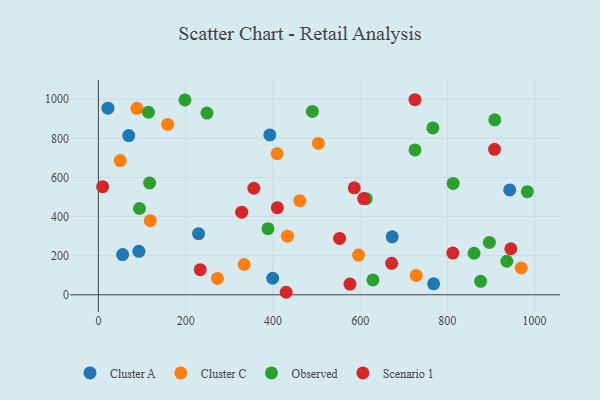
{"axis": {"x": "Distance", "y": "Salary"}, "legend": ["Cluster A", "Cluster C", "Observed", "Scenario 1"], "data": [{"x": "92.8", "y": 222.2, "type": "Cluster A"}, {"x": "768.5", "y": 56.1, "type": "Cluster A"}, {"x": "942.9", "y": 536.3, "type": "Cluster A"}, {"x": "673.5", "y": 296.2, "type": "Cluster A"}, {"x": "21.9", "y": 954.2, "type": "Cluster A"}, {"x": "229.6", "y": 312.4, "type": "Cluster A"}, {"x": "399.6", "y": 84.6, "type": "Cluster A"}, {"x": "69.6", "y": 814.3, "type": "Cluster A"}, {"x": "55.5", "y": 205.4, "type": "Cluster A"}, {"x": "393.0", "y": 817.4, "type": "Cluster A"}, {"x": "461.6", "y": 481.1, "type": "Cluster C"}, {"x": "504.3", "y": 774.0, "type": "Cluster C"}, {"x": "409.7", "y": 721.3, "type": "Cluster C"}, {"x": "334.1", "y": 154.8, "type": "Cluster C"}, {"x": "158.8", "y": 871.1, "type": "Cluster C"}, {"x": "88.4", "y": 953.7, "type": "Cluster C"}, {"x": "433.4", "y": 299.9, "type": "Cluster C"}, {"x": "118.9", "y": 378.9, "type": "Cluster C"}, {"x": "728.6", "y": 98.9, "type": "Cluster C"}, {"x": "596.4", "y": 203.1, "type": "Cluster C"}, {"x": "969.4", "y": 137.0, "type": "Cluster C"}, {"x": "50.1", "y": 686.2, "type": "Cluster C"}, {"x": "272.9", "y": 83.6, "type": "Cluster C"}, {"x": "117.4", "y": 571.6, "type": "Observed"}, {"x": "876.2", "y": 68.7, "type": "Observed"}, {"x": "490.5", "y": 937.8, "type": "Observed"}, {"x": "388.8", "y": 338.0, "type": "Observed"}, {"x": "725.8", "y": 740.7, "type": "Observed"}, {"x": "198.4", "y": 996.5, "type": "Observed"}, {"x": "114.8", "y": 933.5, "type": "Observed"}, {"x": "908.7", "y": 894.6, "type": "Observed"}, {"x": "936.3", "y": 171.5, "type": "Observed"}, {"x": "861.1", "y": 212.4, "type": "Observed"}, {"x": "613.9", "y": 491.6, "type": "Observed"}, {"x": "813.3", "y": 569.6, "type": "Observed"}, {"x": "629.3", "y": 75.9, "type": "Observed"}, {"x": "983.4", "y": 527.4, "type": "Observed"}, {"x": "766.8", "y": 853.5, "type": "Observed"}, {"x": "94.2", "y": 441.1, "type": "Observed"}, {"x": "896.3", "y": 267.8, "type": "Observed"}, {"x": "248.9", "y": 929.1, "type": "Observed"}, {"x": "576.7", "y": 54.7, "type": "Scenario 1"}, {"x": "9.7", "y": 552.7, "type": "Scenario 1"}, {"x": "672.3", "y": 160.6, "type": "Scenario 1"}, {"x": "356.4", "y": 544.7, "type": "Scenario 1"}, {"x": "410.2", "y": 445.5, "type": "Scenario 1"}, {"x": "328.5", "y": 422.2, "type": "Scenario 1"}, {"x": "586.6", "y": 547.0, "type": "Scenario 1"}, {"x": "908.1", "y": 744.1, "type": "Scenario 1"}, {"x": "945.5", "y": 235.4, "type": "Scenario 1"}, {"x": "608.1", "y": 492.1, "type": "Scenario 1"}, {"x": "552.9", "y": 288.2, "type": "Scenario 1"}, {"x": "233.5", "y": 128.3, "type": "Scenario 1"}, {"x": "430.4", "y": 12.8, "type": "Scenario 1"}, {"x": "812.5", "y": 213.2, "type": "Scenario 1"}, {"x": "725.7", "y": 997.5, "type": "Scenario 1"}]}